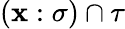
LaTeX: (\mathbf{x}:\sigma)\cap\tau